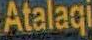
Atalaqi